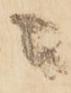
ニ